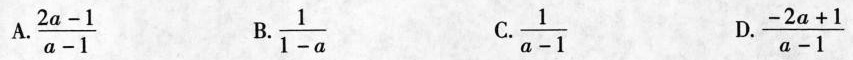
A.\frac{2a-1}{a-1} B.\frac{1}{1-a} C.\frac{1}{a-1} D.\frac{-2a+1}{a-1}